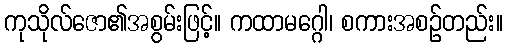
ကုသိုလ်ဇော၏အစွမ်းဖြင့်။ ကထာမဂ္ဂေါ၊ စကားအစဉ်တည်း။